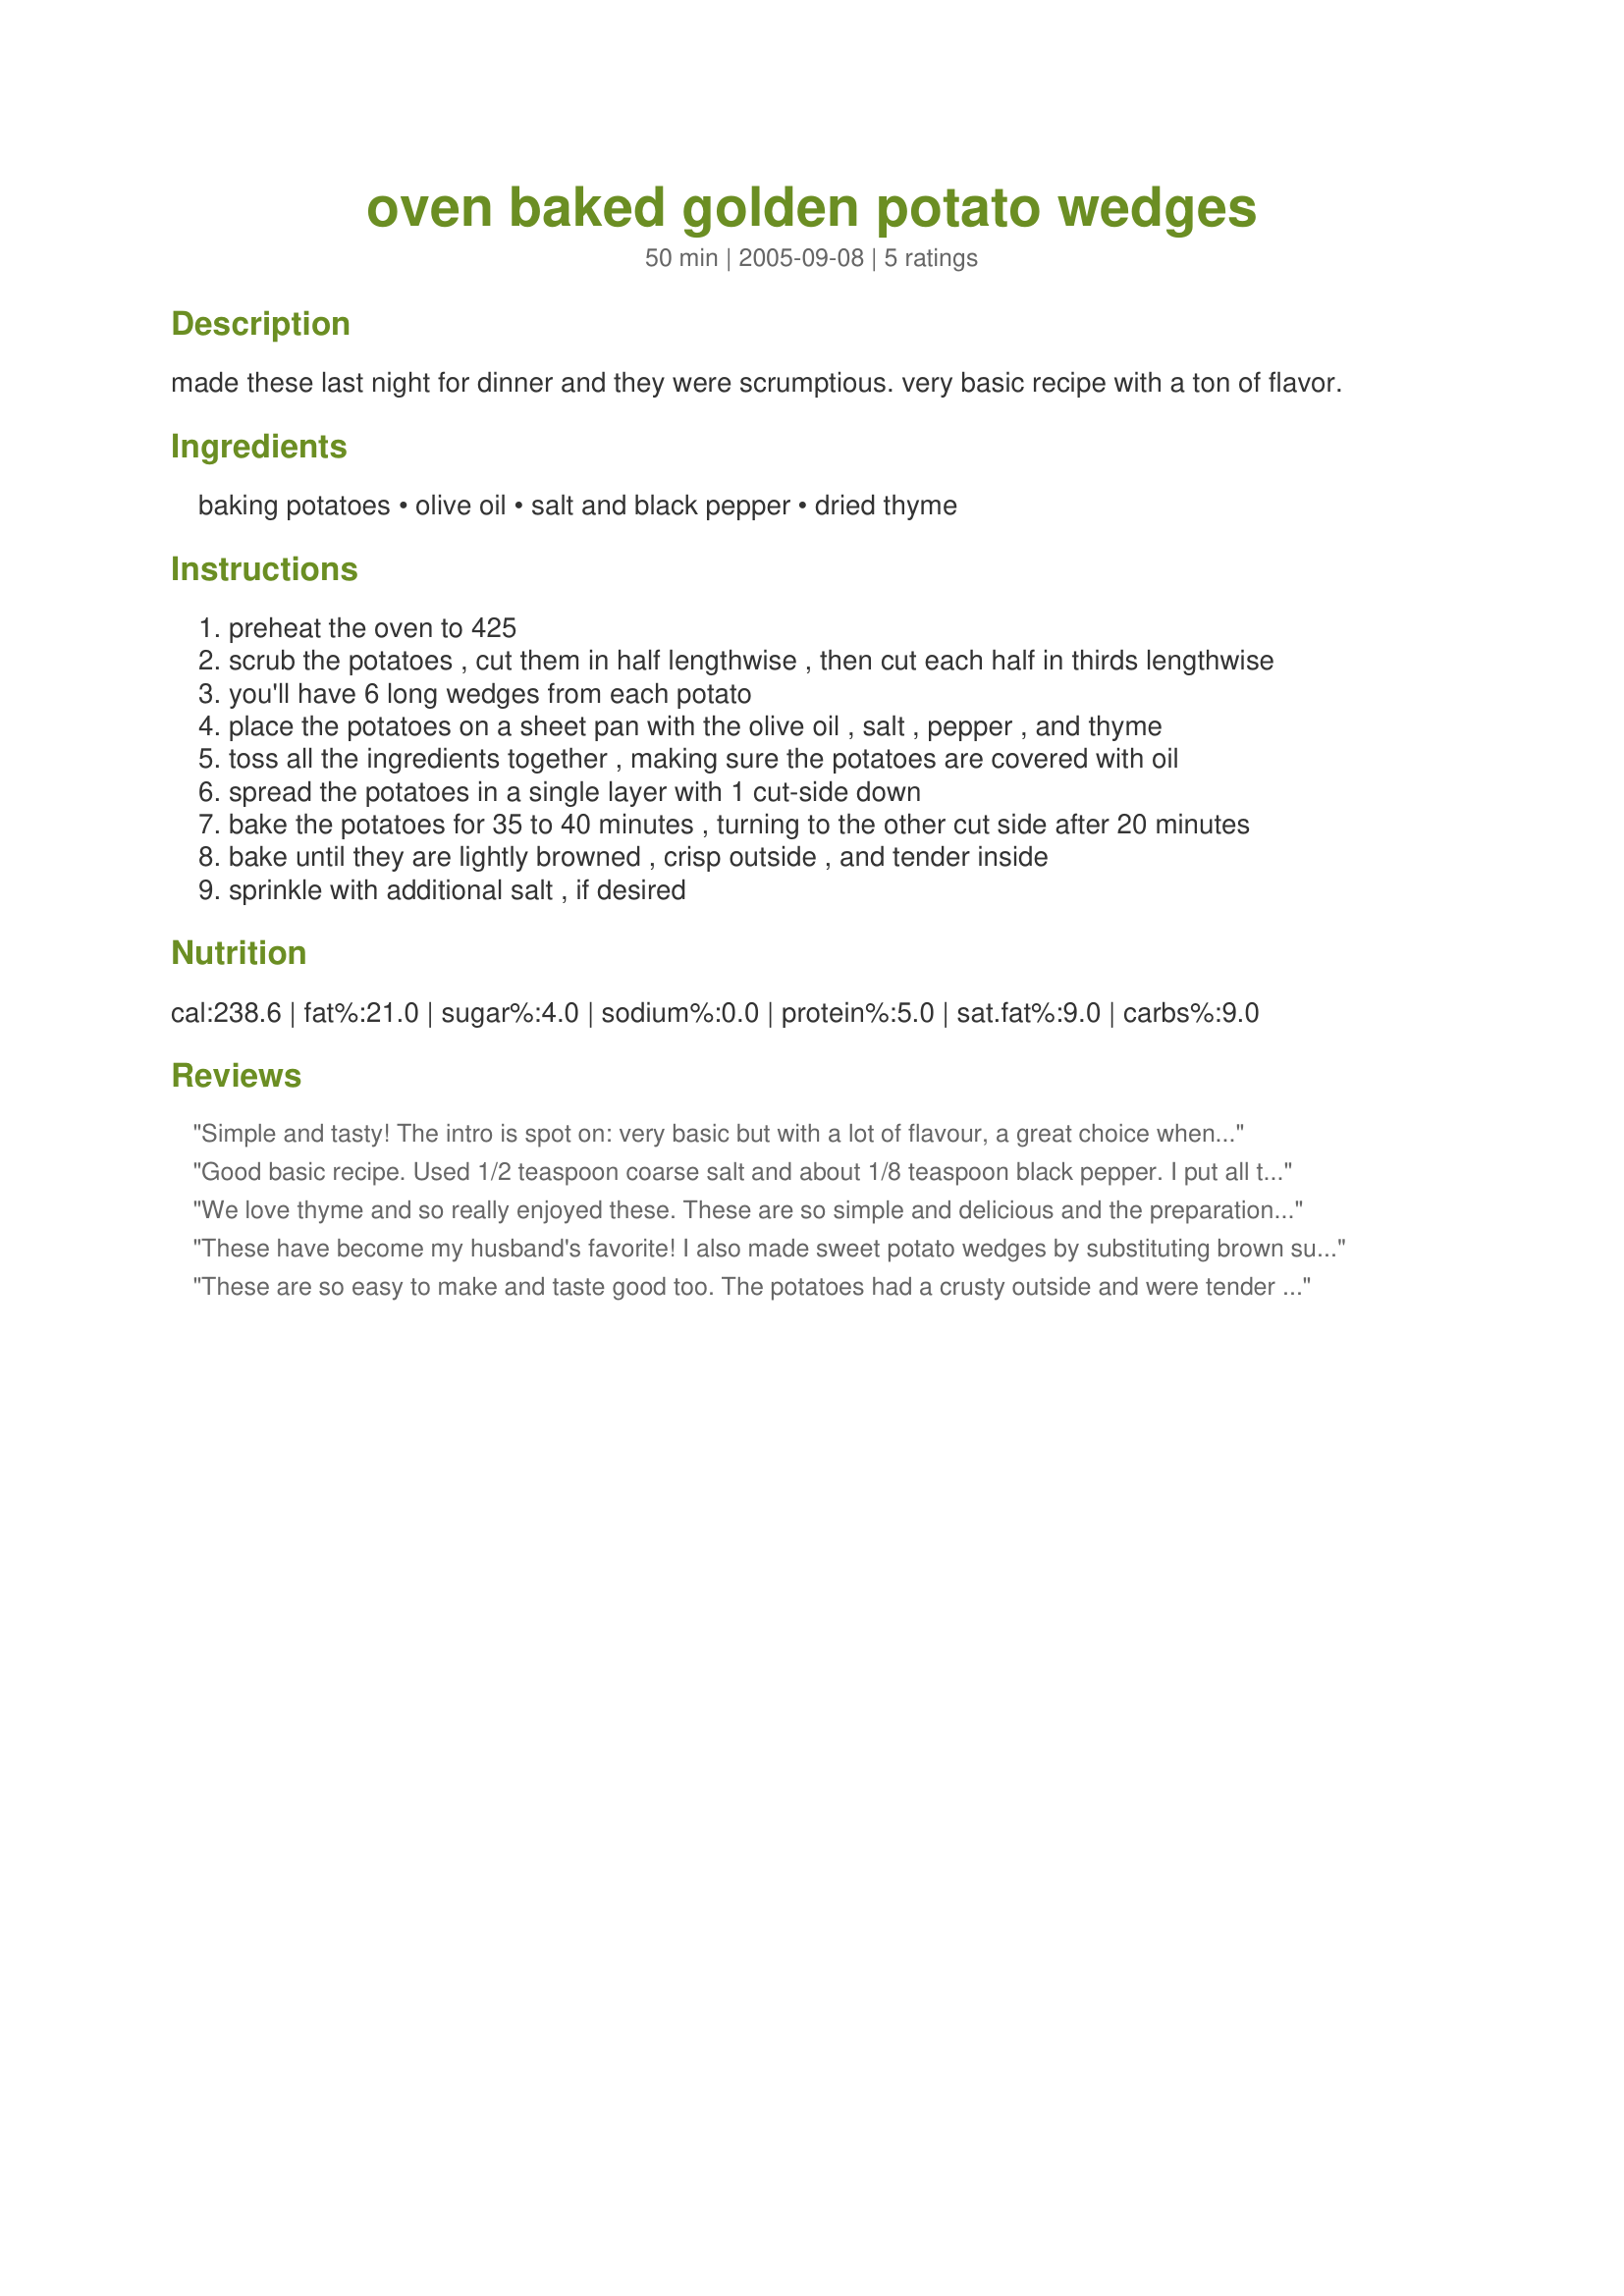
oven baked golden potato wedges
Preparation time: 50 minutes

made these last night for dinner and they were scrumptious. very basic recipe with a ton of flavor.

Ingredients:
baking potatoes, olive oil, salt and black pepper, dried thyme

Steps:
preheat the oven to 425
scrub the potatoes , cut them in half lengthwise , then cut each half in thirds lengthwise
you'll have 6 long wedges from each potato
place the potatoes on a sheet pan with the olive oil , salt , pepper , and thyme
toss all the ingredients together , making sure the potatoes are covered with oil
spread the potatoes in a single layer with 1 cut-side down
bake the potatoes for 35 to 40 minutes , turning to the other cut side after 20 minutes
bake until they are lightly browned , crisp outside , and tender inside
sprinkle with additional salt , if desired

Reviews:
Simple and tasty! The intro is spot on: very basic but with a lot of flavour, a great choice when you don't want spicy potato wedges but still want a little something extra in addition to the ol' salt and pepper. I used 1/2 ts salt and 1/4 ts black pepper - just right for us! Thanks for sharing!
Good basic recipe. Used 1/2 teaspoon coarse salt and about 1/8 teaspoon black pepper. I put all the ingredients in a ziplock bag, shook it a few times and emptied all on a sheet pan. The potatoes baked in 35 minutes, they were golden and crisp. very nice indeed.
Thanks for posting.
We love thyme and so really enjoyed these. These are so simple and delicious and the preparation/baking so easy that I used it to help teach my teens to cook. It's a keeper - thanks Marie!
These have become my husband's favorite! I also made sweet potato wedges by substituting brown sugar and cinnamon for the salt, pepper, and thyme.
These are so easy to make and taste good too. The potatoes had a crusty outside and were tender inside. A nice lower fat alternative.
